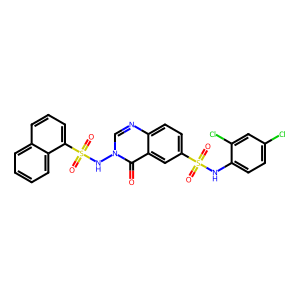
SMILES: O=c1c2cc(S(=O)(=O)Nc3ccc(Cl)cc3Cl)ccc2ncn1NS(=O)(=O)c1cccc2ccccc12
Inhibits HIV replication: No